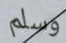
وسلم